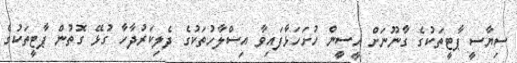
ސިޔާސީ ޕާޓީތަކުގެ ގާނޫނަށް އީސީން ހުށަހަޅާފައިވާ އިސްލާހުތަކުގެ ދެލިކަރުދާހާ ގުޅޭ ގޮތުން ޕާޓީތަކުގެ